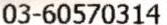
03-60570314